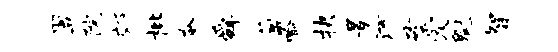
翌院郊枇奄舜氲喻抉景酒砌爱魁智